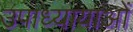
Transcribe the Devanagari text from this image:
उपाध्यायाओं